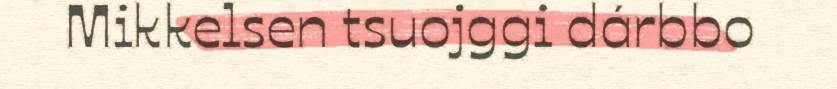
Mikkelsen tsuojggi dárbbo